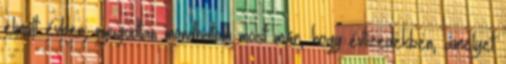
elmúlt évben, nyugodtan mondhatom most már, hogy évtizedekben, amelyet